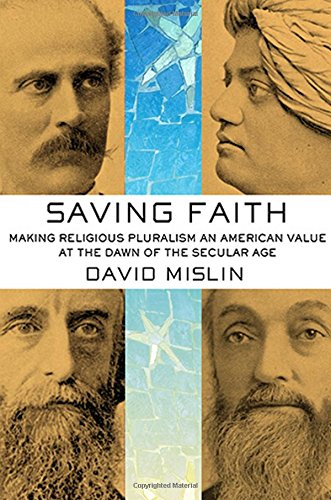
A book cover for Saving Faith: Making Religious Pluralism an American Value at the Dawn of the Secular Age; David Mislin; Christian Books & Bibles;